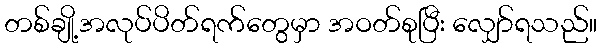
တစ်ချို့အလုပ်ပိတ်ရက်တွေမှာ အဝတ်စုပြီး လျှော်ရသည်။